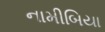
નામીબિયા